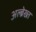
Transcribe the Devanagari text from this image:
अल्ब्रेख्त